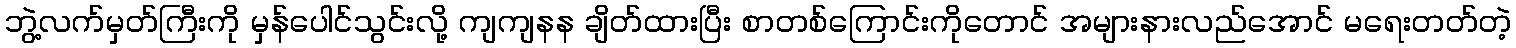
ဘွဲ့လက်မှတ်ကြီးကို မှန်ပေါင်သွင်းလို့ ကျကျနန ချိတ်ထားပြီး စာတစ်ကြောင်းကိုတောင် အများနားလည်အောင် မရေးတတ်တဲ့